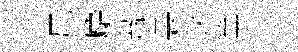
尼麝蔟裏飲篤